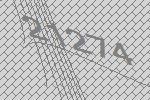
21274